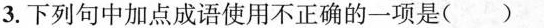
3.下列句中加点成语使用不正确的一项是( )